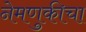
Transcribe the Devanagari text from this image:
नेमणुकीचा